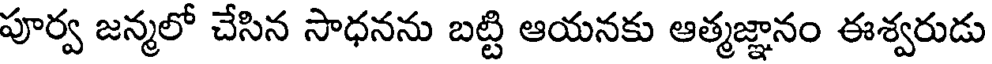
పూర్వ జన్మలో చేసిన సాధనను బట్టి ఆయనకు ఆత్మజ్ఞానం ఈశ్వరుడు